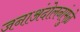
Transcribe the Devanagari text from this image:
जनाअंदोलनांमुळे